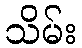
သိမ်း